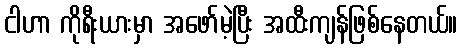
ငါဟာ ကိုရီးယားမှာ အဖော်မဲ့ပြီး အထီးကျန်ဖြစ်နေတယ်။